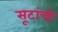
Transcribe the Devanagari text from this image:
सूटांची